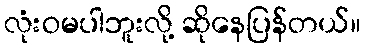
လုံးဝမပါဘူးလို့ ဆိုနေပြန်တယ်။